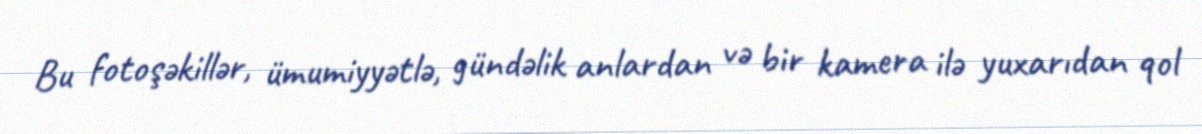
Bu fotoşəkillər, ümumiyyətlə, gündəlik anlardan və bir kamera ilə yuxarıdan qol